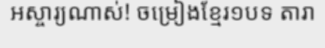
អស្ចារ្យណាស់! ចម្រៀងខ្មែរ១បទ តារា